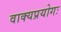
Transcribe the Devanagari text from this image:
वाक्यप्रयोगः